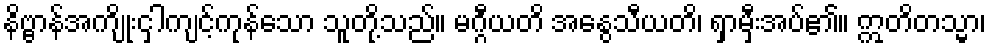
နိဗ္ဗာန်အကျိုးငှါကျင့်ကုန်သော သူတို့သည်။ မဂ္ဂီယတိ အနွေသီယတိ၊ ရှာမှီးအပ်၏။ ဣတိတသ္မာ၊